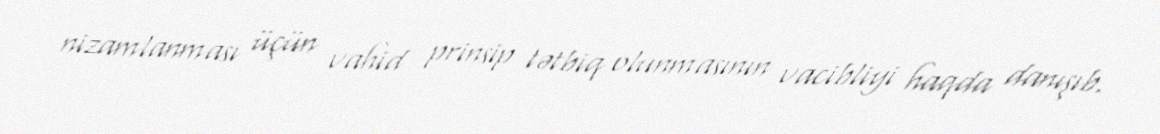
nizamlanması üçün vahid prinsip tətbiq olunmasının vacibliyi haqda danışıb.